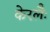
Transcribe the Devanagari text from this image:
केरलैः